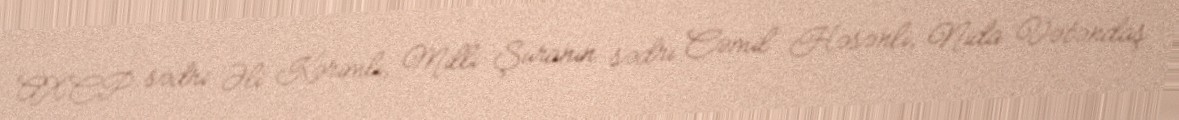
AXCP sədri Əli Kərimli, Milli Şuranın sədri Cəmil Həsənli, Nida Vətəndaş